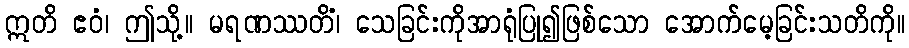
ဣတိ ဧဝံ၊ ဤသို့။ မရဏဿတိံ၊ သေခြင်းကိုအာရုံပြု၍ဖြစ်သော အောက်မေ့ခြင်းသတိကို။